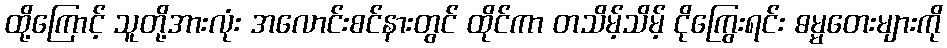
ထို့ကြောင့် သူတို့အားလုံး အလောင်းစင်နားတွင် ထိုင်ကာ တသိမ့်သိမ့် ငိုကြွေးရင်း ဓမ္မတေးများကို